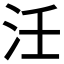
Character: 𭯺